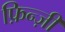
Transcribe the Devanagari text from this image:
फ़िन्ज़ी